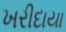
ખરીદાયા